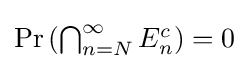
{\textstyle \Pr \left(\bigcap _{n=N}^{\infty }E_{n}^{c}\right)=0}